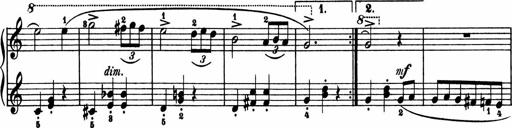
Title: 2 Sonatinen
Composer: Lambertus Adrianus van Tetterode